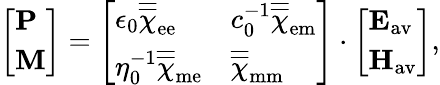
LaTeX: \begin{array}{r}{\left[\begin{array}{l}{\mathbf{P}}\\ {\mathbf{M}}\end{array}\right]=\left[\begin{array}{ll}{\epsilon_{0}\overline{{\overline{{\chi}}}}_{\mathrm{ee}}}&{c_{0}^{-1}\overline{{\overline{{\chi}}}}_{\mathrm{em}}}\\ {\eta_{0}^{-1}\overline{{\overline{{\chi}}}}_{\mathrm{me}}}&{\overline{{\overline{{\chi}}}}_{\mathrm{mm}}}\end{array}\right]\cdot\left[\begin{array}{l}{\mathbf{E}_{\mathrm{av}}}\\ {\mathbf{H}_{\mathrm{av}}}\end{array}\right],}\end{array}